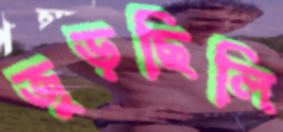
জুড়ছিলি